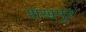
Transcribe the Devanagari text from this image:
शंखपुर